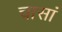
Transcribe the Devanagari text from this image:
चासां